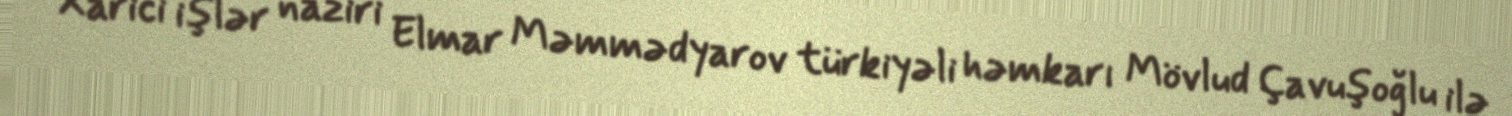
Xarici işlər naziri Elmar Məmmədyarov türkiyəli həmkarı Mövlud Çavuşoğlu ilə